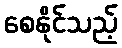
စေနိုင်သည့်